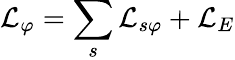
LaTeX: \mathcal{L}_{\varphi}=\sum_{s}\mathcal{L}_{s\varphi}+\mathcal{L}_{E}